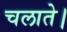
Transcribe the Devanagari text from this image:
चलाते।